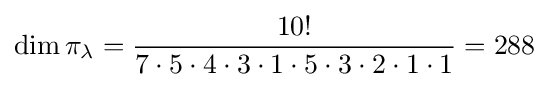
\dim \pi _{\lambda }={\frac {10!}{7\cdot 5\cdot 4\cdot 3\cdot 1\cdot 5\cdot 3\cdot 2\cdot 1\cdot 1}}=288